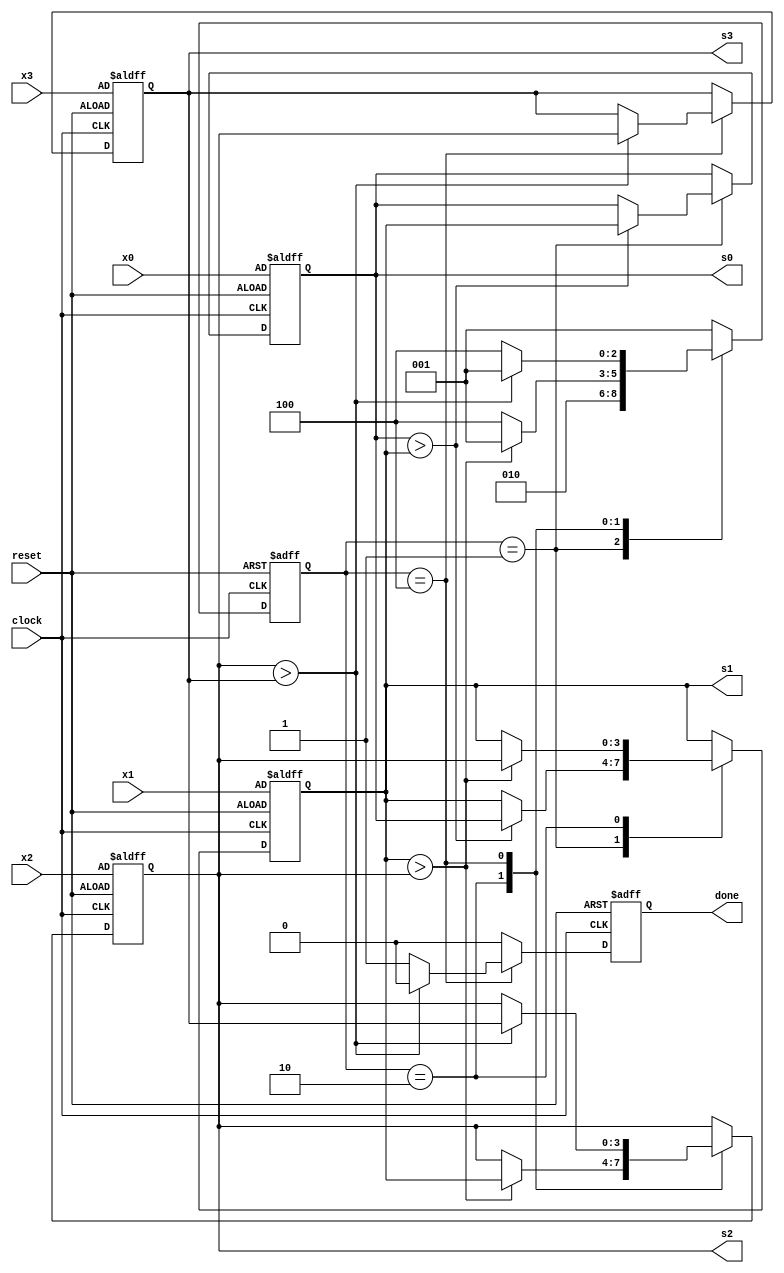
`timescale 1ns / 1ps
//////////////////////////////////////////////////////////////////////////////////
// Company: 
// Engineer: 
// 
// Design Name: 
// Module Name: Sort
// Project Name: 
// Target Devices: 
// Tool Versions: 
// Description: 
// 
// Dependencies: 
// 
// Revision:
// Revision 0.01 - File Created
// Additional Comments:
// 
//////////////////////////////////////////////////////////////////////////////////


module Sort(x0, x1, x2, x3, reset, clock, s0, s1, s2, s3, done);
	parameter DIGIT = 4;
	input wire [DIGIT - 1 : 0] x0, x1, x2, x3;
	input wire reset, clock;
	output reg [DIGIT - 1 : 0] s0, s1, s2, s3;
	output reg done;
//	reg [DIGIT - 1 : 0] r0, r1, r2, r3;
	reg [2 : 0] currentstate, nextstate;
//	reg [DIGIT - 1 : 0] count;
	parameter State_Disorder = 3'b001, 
			  State_01Inorder = 3'b010,
			  State_012Inorder = 3'b100;
//			  State_0123Inorder = 4'b1000;
			  
//	task Swap;
//		inout [DIGIT - 1 : 0] a, b;
//		reg [DIGIT - 1 : 0] temp;
		
//		begin
//			temp = a;
//			a = b;
//			b = temp;
//		end
//	endtask 
	
	always @(posedge clock or posedge reset)
	begin
		if (reset)
			currentstate <= State_Disorder;
		else
			currentstate <= nextstate;
	end
	
	always @(*)
	begin
		case (currentstate)
			State_Disorder:
			begin
				if (s0 > s1)
					nextstate = State_01Inorder;
				else
					nextstate = State_01Inorder;
			end
			
			State_01Inorder:
			begin
				if (s1 > s2)
					nextstate = State_Disorder;
				else
					nextstate = State_012Inorder;
			end
			
			State_012Inorder:
			begin
				if (s2 > s3)
					nextstate = State_Disorder;
				else
					nextstate = State_012Inorder;
			end
			
			default :
				nextstate = State_Disorder;
		endcase 
	end
	
	always @(posedge clock or posedge reset)
	begin
		if (reset) 
		begin
			s0 <= x0;
			s1 <= x1;
			s2 <= x2;
			s3 <= x3;
			done <= 'b0;
		end
		else
		begin
			done <= 'b0;
			case (currentstate)
				State_Disorder:
				begin
					if (s0 > s1)
					begin
						s0 <= s1;
						s1 <= s0;
					end
				end
				
				State_01Inorder:
				begin
					if (s1 > s2)
					begin
						s1 <= s2;
						s2 <= s1;
					end
				end
				
				State_012Inorder:
				begin
					if (s2 > s3)
					begin
						s2 <= s3;
						s3 <= s2;
					end
					else
					done <= 'b1;
				end

				default :
					done <= 'b0;
			endcase 
		end			
	end

endmodule